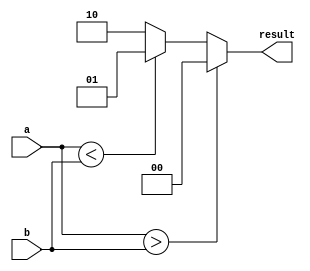
module Serial_Comparator(
    input [3:0] a,
    input [3:0] b,
    output reg [1:0] result
);

always @(*) begin
    if(a > b) begin
        result = 2'b00; // a is greater than b
    end else if(a < b) begin
        result = 2'b01; // a is less than b
    end else begin
        result = 2'b10; // a is equal to b
    end
end

endmodule